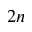
2 n